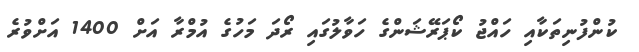
ކުންފުނިތަކާއި ހައްޖު ކޯޕަރޭޝަންގެ ހަވާލުގައި ރޯދަ މަހުގެ އުމްރާ އަށް 1400 އަށްވުރެ